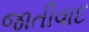
જાતીવાદ